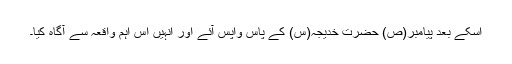
اسکے بعد پیامبر(ص) حضرت خدیجہ(س) کے پاس واپس آئے اور انہیں اس اہم واقعہ سے آگاہ کیا۔